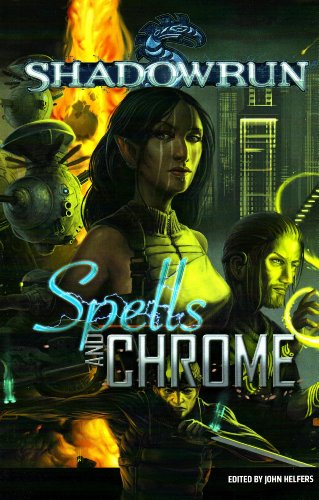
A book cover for Shadowrun Spells and Chrome (Shadowrun (Catalyst)); Science Fiction & Fantasy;